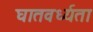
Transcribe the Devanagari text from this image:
घातवर्ध्यता